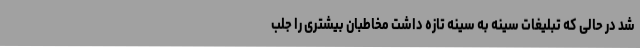
شد در حالی که تبلیغات سینه به سینه تازه داشت مخاطبان بیشتری را جلب